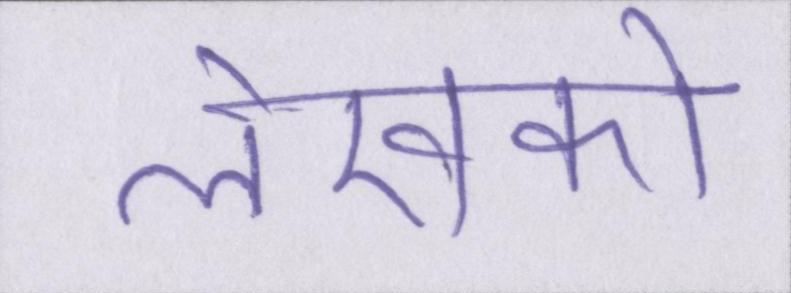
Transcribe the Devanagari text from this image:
लेखकों